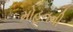
મોહનની